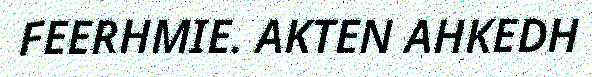
FEERHMIE. AKTEN AHKEDH